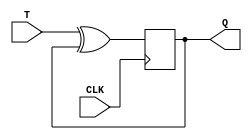
module T_flip_flop (
    input T,
    input CLK,
    output reg Q
);

always @(posedge CLK) begin
    if (CLK == 1'b1) begin
        Q <= T ^ Q;
    end
end

endmodule